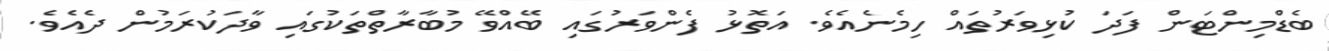
ބެޑްމިންޓަން ފަދަ ކުޅިވަރުތައް ހިމެނެއެވެ. އަތޮޅު ފެންވަރުގައި ބޭއްވޭ މުބާރާތްތަކުގައި ވާދަކުރަމުން ދެއެވެ.